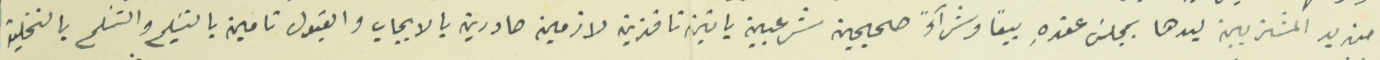
من يد المشتريين ليدها بمجلسَ عقدهِ بيعاً وشرآءً صحيحين شرعيين باتين نافذين لازمين صادرين بالايجاب والقبول تامين بالتسَليم والتسَلم بالتخلية